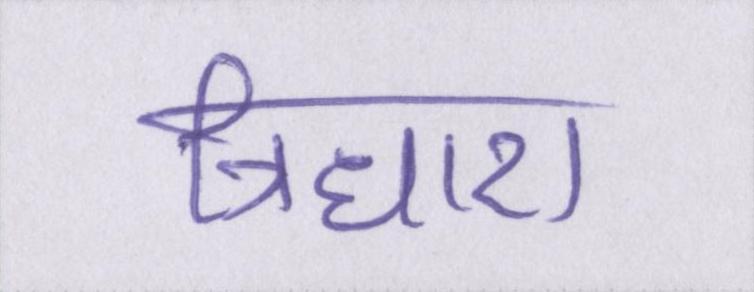
त्रिधारा